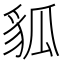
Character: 𧲲